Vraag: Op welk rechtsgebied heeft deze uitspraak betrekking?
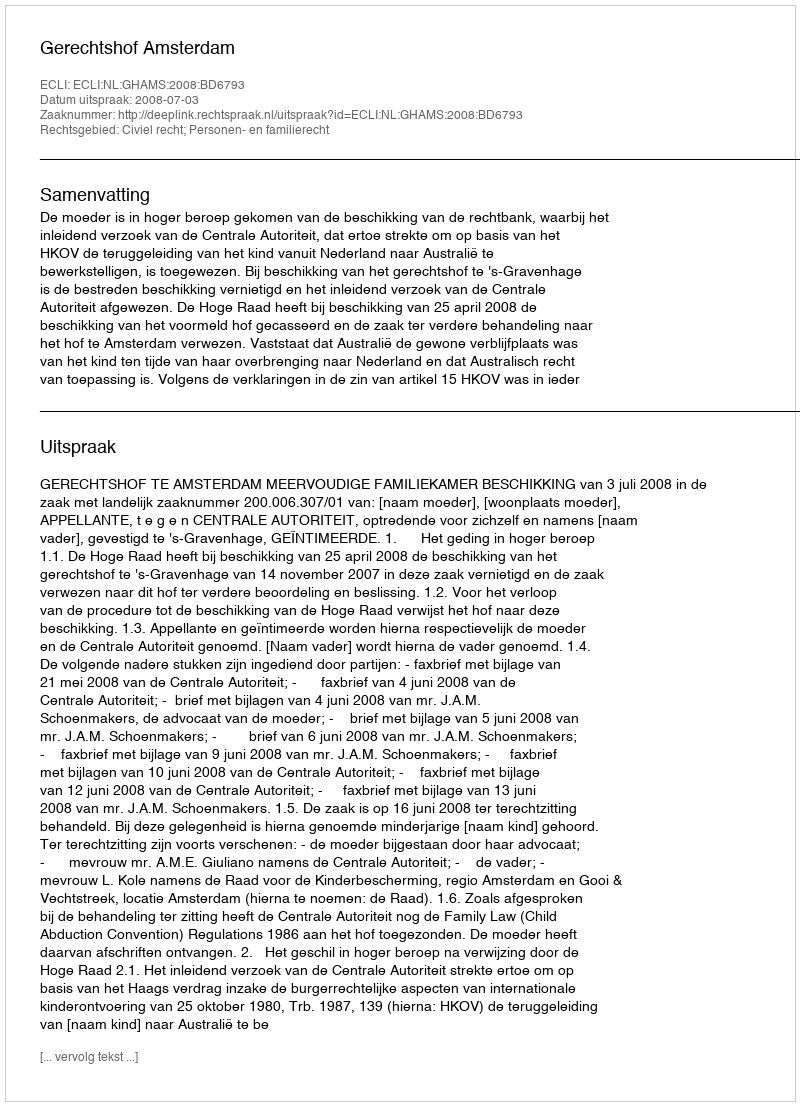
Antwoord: Civiel recht; Personen- en familierecht